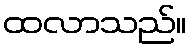
ထလာသည်။